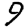
Digit: 9